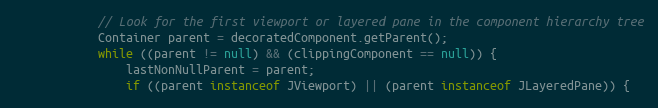
Language: Java
            // Look for the first viewport or layered pane in the component hierarchy tree
            Container parent = decoratedComponent.getParent();
            while ((parent != null) && (clippingComponent == null)) {
                lastNonNullParent = parent;
                if ((parent instanceof JViewport) || (parent instanceof JLayeredPane)) {